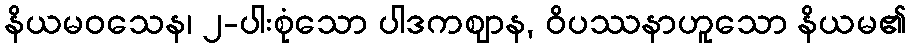
နိယမဝသေန၊ ၂-ပါးစုံသော ပါဒကဈာန, ဝိပဿနာဟူသော နိယမ၏